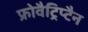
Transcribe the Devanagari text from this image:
फ्रोवैट्रिप्टैन